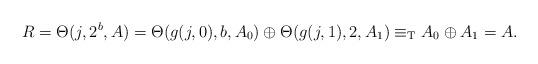
LaTeX: \begin{align*}R=\Theta(j,2^b,A)=\Theta(g(j,0),b,A_0)\oplus\Theta(g(j,1),2,A_1)\equiv_{\mathrm{T}} A_0\oplus A_1=A. \end{align*}